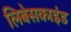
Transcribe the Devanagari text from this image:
लिबेसकाइंड